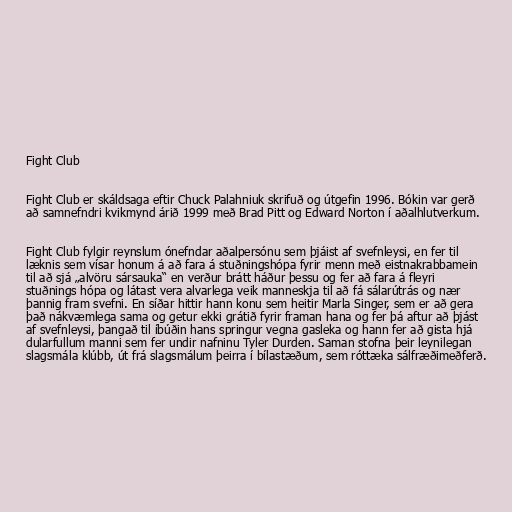
Fight Club

Fight Club er skáldsaga eftir Chuck Palahniuk skrifuð og útgefin 1996. Bókin var gerð
að samnefndri kvikmynd árið 1999 með Brad Pitt og Edward Norton í aðalhlutverkum.

Fight Club fylgir reynslum ónefndar aðalpersónu sem þjáist af svefnleysi, en fer til
læknis sem vísar honum á að fara á stuðningshópa fyrir menn með eistnakrabbamein
til að sjá „alvöru sársauka“ en verður brátt háður þessu og fer að fara á fleyri
stuðnings hópa og látast vera alvarlega veik manneskja til að fá sálarútrás og nær
þannig fram svefni. En síðar hittir hann konu sem heitir Marla Singer, sem er að gera
það nákvæmlega sama og getur ekki grátið fyrir framan hana og fer þá aftur að þjást
af svefnleysi, þangað til íbúðin hans springur vegna gasleka og hann fer að gista hjá
dularfullum manni sem fer undir nafninu Tyler Durden. Saman stofna þeir leynilegan
slagsmála klúbb, út frá slagsmálum þeirra í bílastæðum, sem róttæka sálfræðimeðferð.